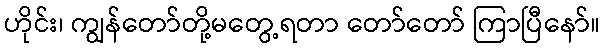
ဟိုင်း၊ ကျွန်တော်တို့မတွေ့ရတာ တော်တော် ကြာပြီနော်။